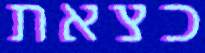
כצאת